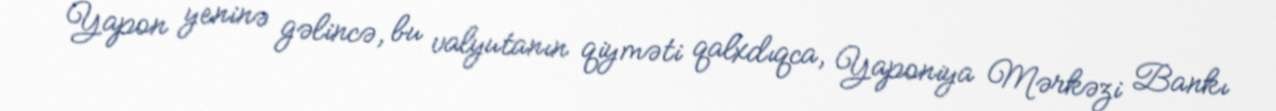
Yapon yeninə gəlincə, bu valyutanın qiyməti qalxdıqca, Yaponiya Mərkəzi Bankı